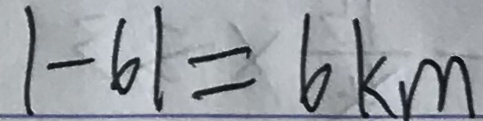
\vert - 6 \vert = 6 k m